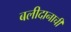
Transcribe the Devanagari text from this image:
बलीदानाची